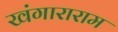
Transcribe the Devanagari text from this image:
खंगाराराम